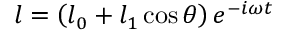
l = \left( l _ { 0 } + l _ { 1 } \cos \theta \right) e ^ { - i \omega t }